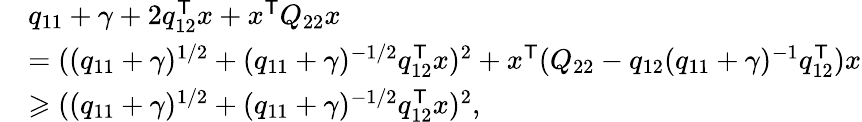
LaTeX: \begin{array}{rl}&{q_{11}+\gamma+2q_{12}^{\mathsf{T}}x+x^{\mathsf{T}}Q_{22}x}\\ &{=((q_{11}+\gamma)^{1/2}+(q_{11}+\gamma)^{-1/2}q_{12}^{\mathsf{T}}x)^{2}+x^{\mathsf{T}}(Q_{22}-q_{12}(q_{11}+\gamma)^{-1}q_{12}^{\mathsf{T}})x}\\ &{\geqslant((q_{11}+\gamma)^{1/2}+(q_{11}+\gamma)^{-1/2}q_{12}^{\mathsf{T}}x)^{2},}\end{array}